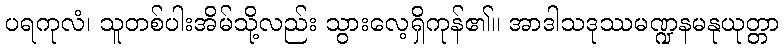
ပရကုလံ၊ သူတစ်ပါးအိမ်သို့လည်း သွားလေ့ရှိကုန်၏။ အာဒါသဒုဿမဏ္ဍနမနုယုတ္တာ